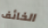
الخائف